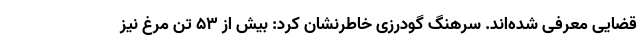
قضایی معرفی شده‌اند. سرهنگ گودرزی خاطرنشان کرد: بیش از ۵۳ تن مرغ نیز